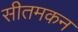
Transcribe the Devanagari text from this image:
सीतमकन